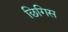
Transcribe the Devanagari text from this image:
छिगिस